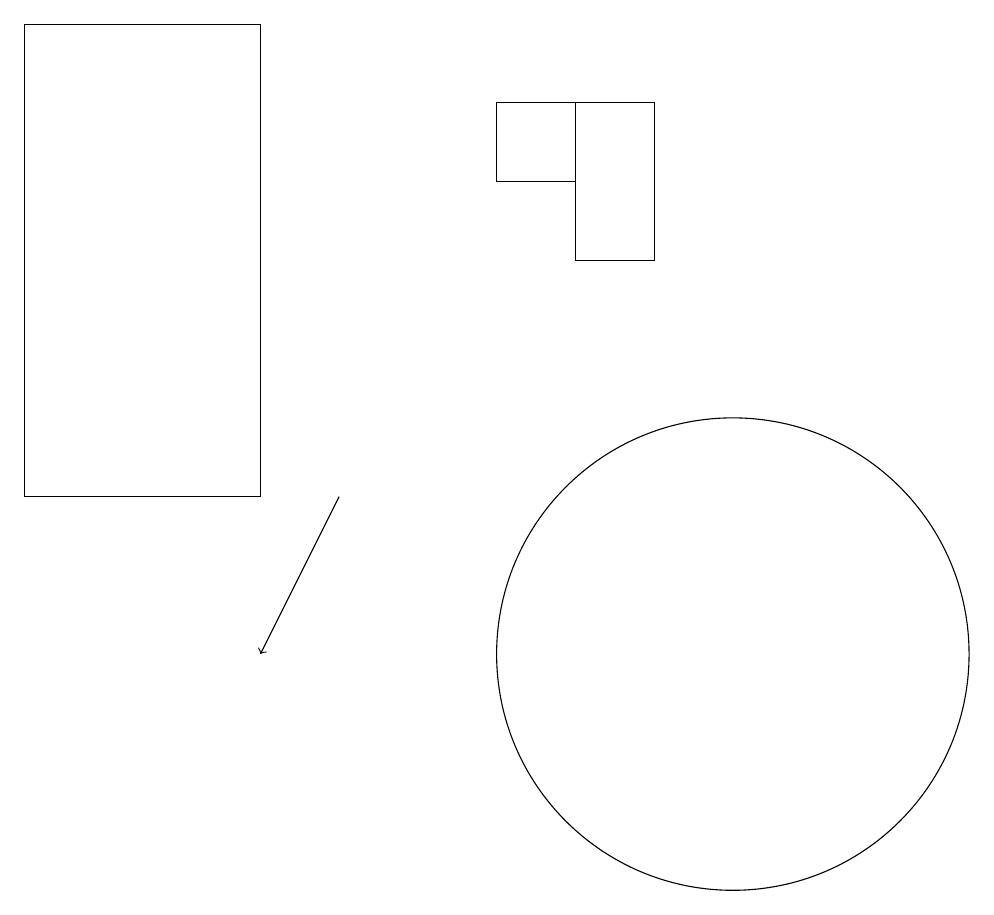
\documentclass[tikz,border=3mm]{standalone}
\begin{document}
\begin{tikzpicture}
\draw (9,18) rectangle (8,16);
\draw (8,18) rectangle (7,17);
\draw (10,11) circle (3);
\draw (1,13) rectangle (4,19);
\draw[->] (5,13) -- (4,11);
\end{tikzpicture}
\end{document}